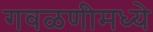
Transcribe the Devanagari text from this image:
गवळणीमध्ये